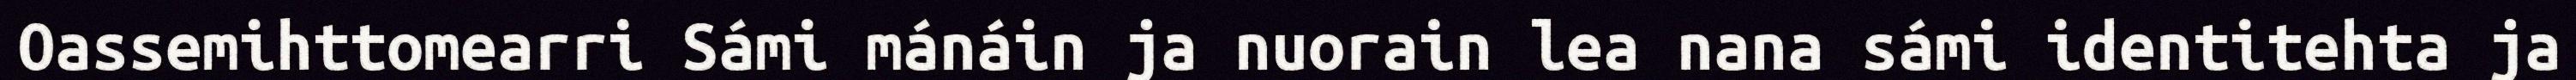
Oassemihttomearri Sámi mánáin ja nuorain lea nana sámi identitehta ja